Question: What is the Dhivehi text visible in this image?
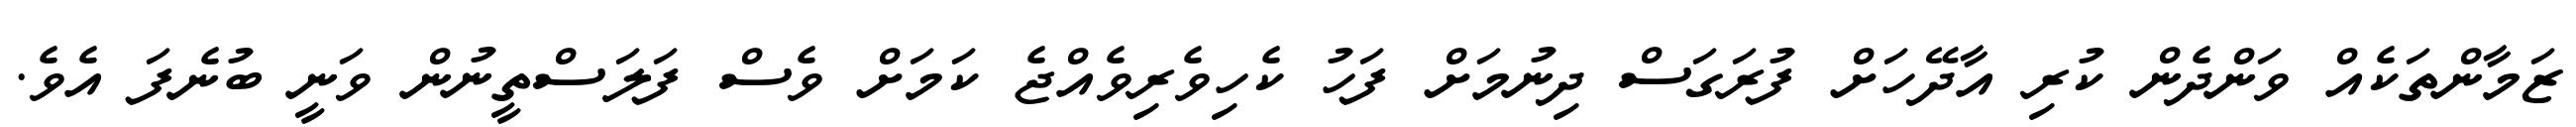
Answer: ޒަމާންތަކެއް ވަންދެން ކުރި އާދޭހަށް ފުރަގަސް ދިނުމަށް ފަހު ކެހިވެރިވެއްޖެ ކަމަށް ވެސް ފަލަސްތީނުން ވަނީ ބުނެފަ އެވެ.